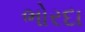
ભોરદા